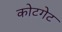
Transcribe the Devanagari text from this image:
कोटगेट